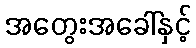
အတွေးအခေါ်နှင့်